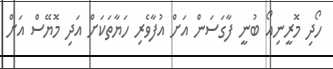
ހޯދި މޮރީނިއޯ ބުނީ ފާގަސަން އަށް އުފާވެރި ހަޔާތަކަށް އަދި މޮޔޭސް އަށް